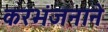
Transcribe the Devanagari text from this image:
करभंजनाने